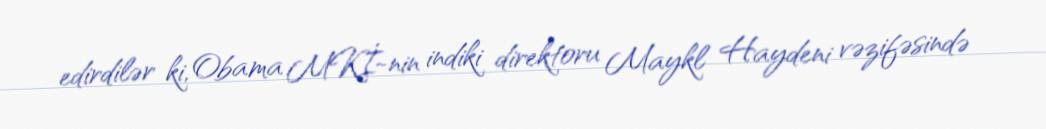
edirdilər ki, Obama MKİ-nin indiki direktoru Maykl Haydeni vəzifəsində